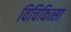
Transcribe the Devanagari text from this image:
विचिकित्सा